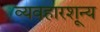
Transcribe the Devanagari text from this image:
व्यवहारशून्य